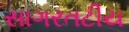
સાગરતટીય